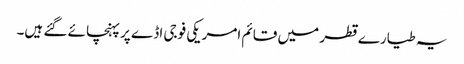
یہ طیارے قطر میں قائم امریکی فوجی اڈے پر پہنچائے گئے ہیں۔